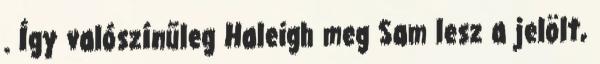
. Így valószínűleg Haleigh meg Sam lesz a jelölt,